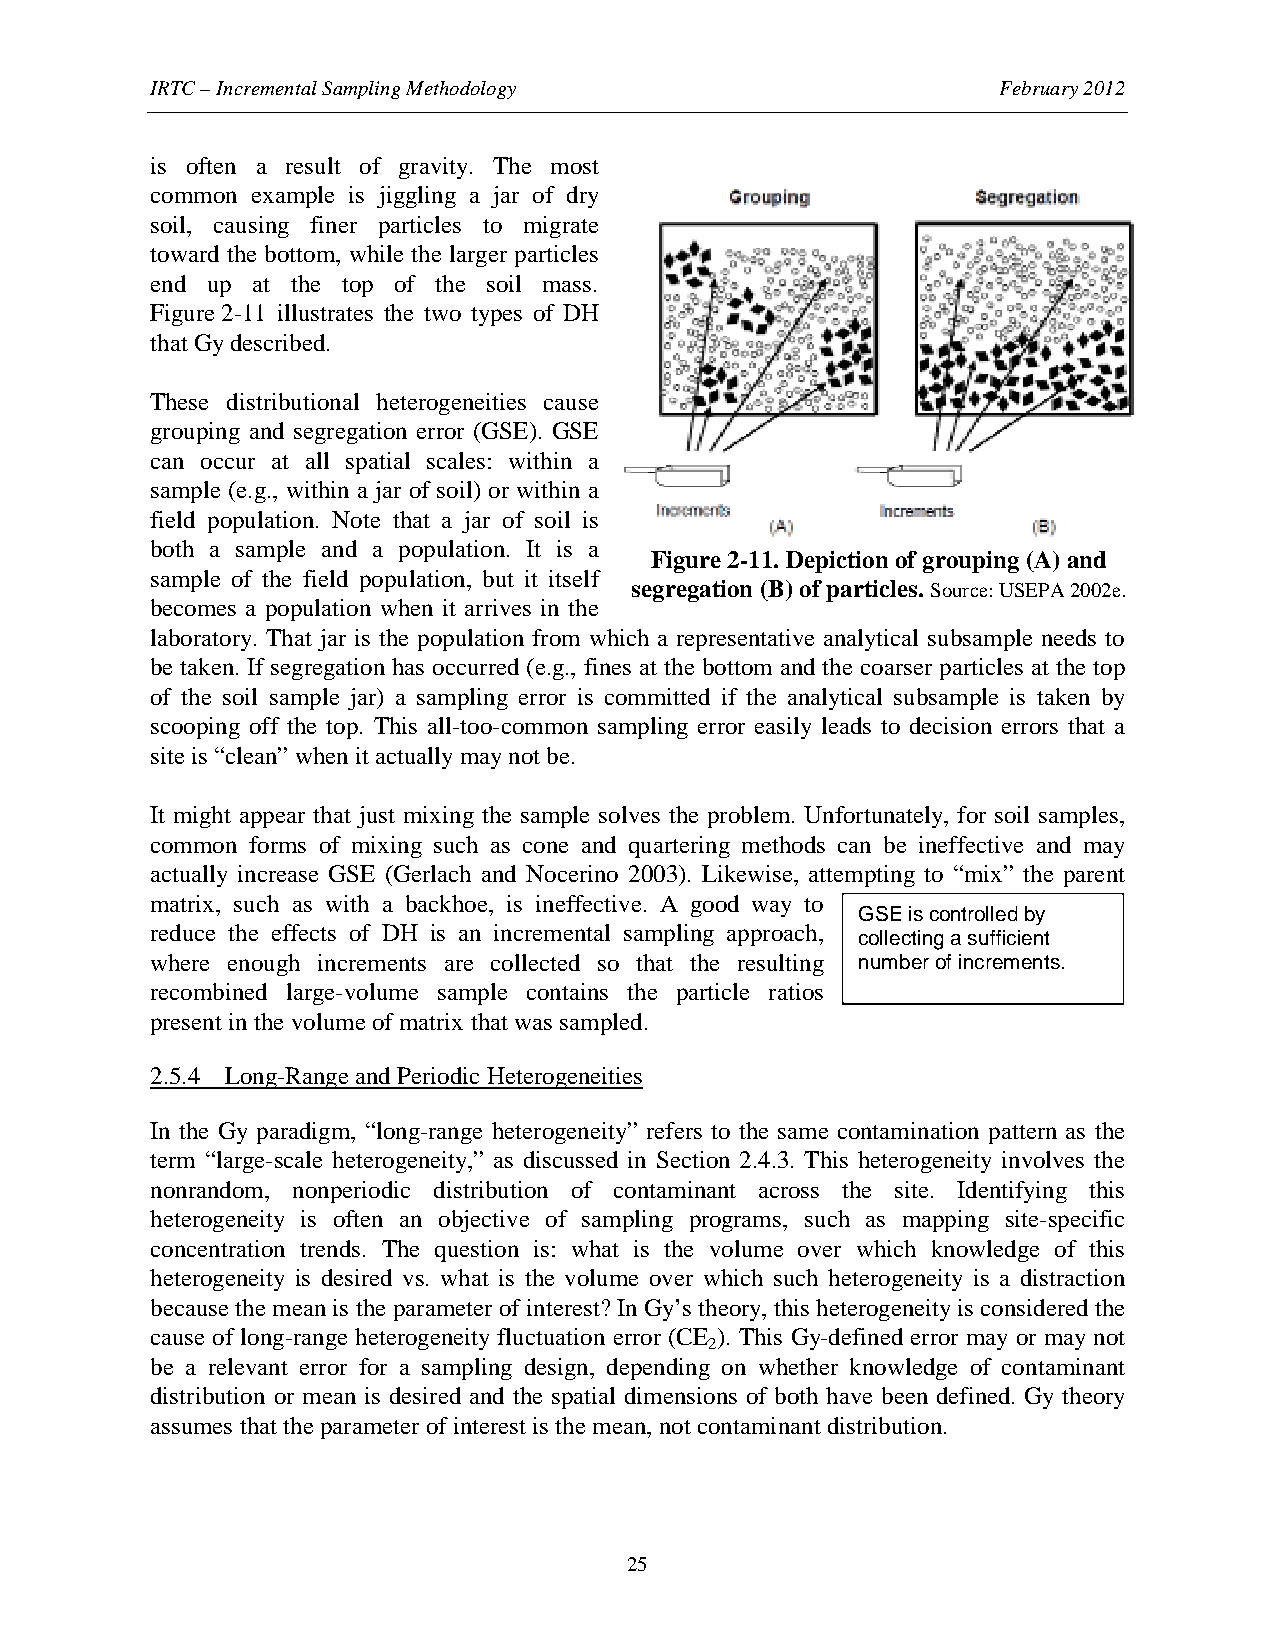
IRTC – Incremental Sampling Methodology                 February 2012
 is often a result of gravity. The most
 common example is jiggling a jar of dry
 soil, causing finer particles to migrate
 toward the bottom, while the larger particles
 end up at the top of the soil mass.
 Figure 2-11 illustrates the two types of DH
 that Gy described.
 These distributional heterogeneities cause
 grouping and segregation error (GSE). GSE
 can occur at all spatial scales: within a
 sample (e.g., within a jar of soil) or within a
 field population. Note that a jar of soil is
 both a sample and a population. It is a
 Figure 2-11. Depiction of grouping (A) and
 sample of the field population, but it itself
 segregation (B) of particles. Source: USEPA 2002e.
 becomes a population when it arrives in the
 laboratory. That jar is the population from which a representative analytical subsample needs to
 be taken. If segregation has occurred (e.g., fines at the bottom and the coarser particles at the top
 of the soil sample jar) a sampling error is committed if the analytical subsample is taken by
 scooping off the top. This all-too-common sampling error easily leads to decision errors that a
 site is “clean” when it actually may not be.
 It might appear that just mixing the sample solves the problem. Unfortunately, for soil samples,
 common forms of mixing such as cone and quartering methods can be ineffective and may
 actually increase GSE (Gerlach and Nocerino 2003). Likewise, attempting to “mix” the parent
 matrix, such as with a backhoe, is ineffective. A good way to
 GSE is controlled by
 reduce the effects of DH is an incremental sampling approach,
 collecting a sufficient
 where enough increments are collected so that the resulting number of increments.
 recombined large-volume sample contains the particle ratios
 present in the volume of matrix that was sampled.
 2.5.4 Long-Range and Periodic Heterogeneities
 In the Gy paradigm, “long-range heterogeneity” refers to the same contamination pattern as the
 term “large-scale heterogeneity,” as discussed in Section 2.4.3. This heterogeneity involves the
 nonrandom, nonperiodic distribution of contaminant across the site. Identifying this
 heterogeneity is often an objective of sampling programs, such as mapping site-specific
 concentration trends. The question is: what is the volume over which knowledge of this
 heterogeneity is desired vs. what is the volume over which such heterogeneity is a distraction
 because the mean is the parameter of interest? In Gy’s theory, this heterogeneity is considered the
 cause of long-range heterogeneity fluctuation error (CE ). This Gy-defined error may or may not
 2
 be a relevant error for a sampling design, depending on whether knowledge of contaminant
 distribution or mean is desired and the spatial dimensions of both have been defined. Gy theory
 assumes that the parameter of interest is the mean, not contaminant distribution.
 25